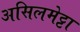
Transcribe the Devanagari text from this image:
असिलमेट्टा